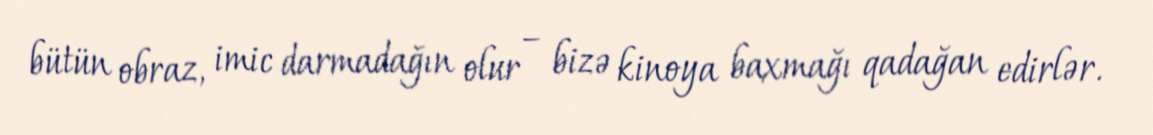
bütün obraz, imic darmadağın olur – bizə kinoya baxmağı qadağan edirlər.